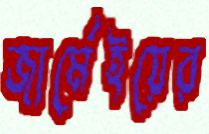
জার্মেইয়ের